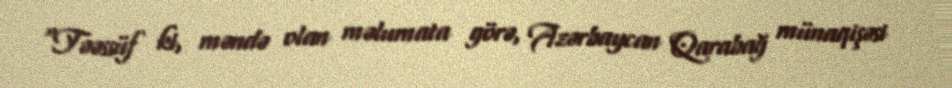
“Təəssüf ki, məndə olan məlumata görə, Azərbaycan Qarabağ münaqişəsi